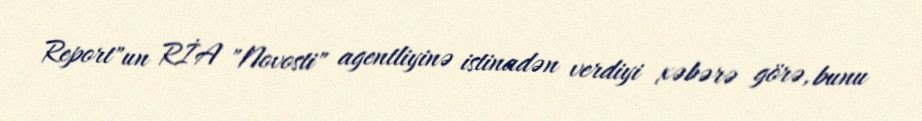
Report"un RİA "Novosti" agentliyinə istinadən verdiyi xəbərə görə, bunu